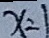
x = 1